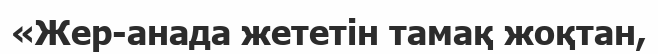
«Жер-анада жететін тамақ жоқтан,